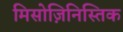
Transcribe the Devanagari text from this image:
मिसोज़िनिस्तिक